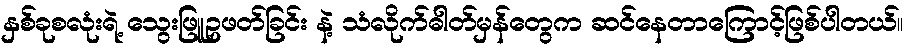
နှစ်ခုစလုံးရဲ့ သွေးဖြူဥဖတ်ခြင်း နဲ့ သံလိုက်ဓါတ်မှန်တွေက ဆင်နေတာကြောင့်ဖြစ်ပါတယ်။